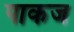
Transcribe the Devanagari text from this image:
पाकज